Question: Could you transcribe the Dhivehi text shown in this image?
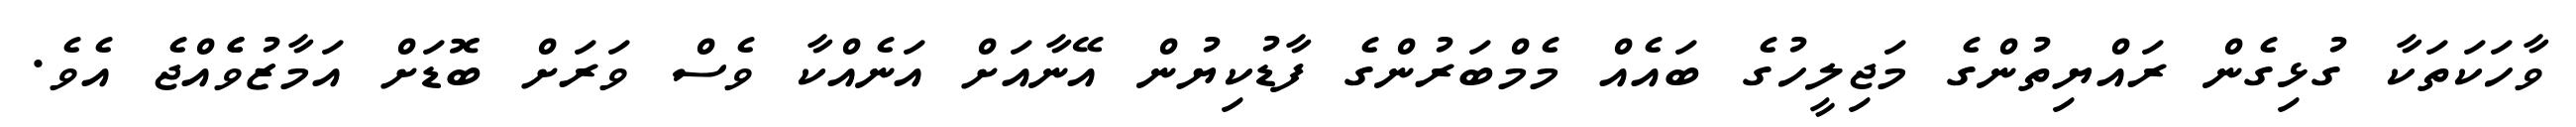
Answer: ވާހަކަތަކާ ގުޅިގެން ރައްޔިތުންގެ މަޖިލީހުގެ ބައެއް މެމްބަރުންގެ ފާޑުކިޔުން އޭނާއަށް އަނެއްކާ ވެސް ވަރަށް ބޮޑަށް އަމާޒުވެެއްޖެ އެވެ.